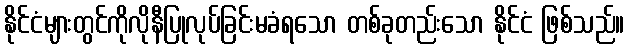
နိုင်ငံများတွင်ကိုလိုနီပြုလုပ်ခြင်းမခံရသော တစ်ခုတည်းသော နိုင်ငံ ဖြစ်သည်။